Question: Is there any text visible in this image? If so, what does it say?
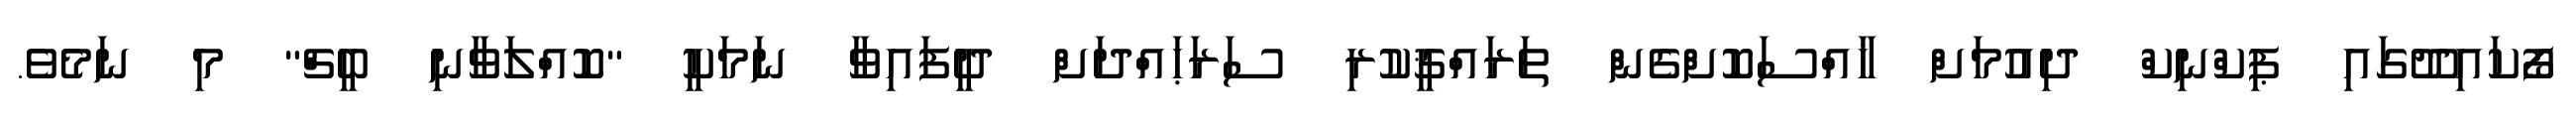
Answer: ފޯކައިދޫގައި ޕިކްނިކް ދިއުމަށް ޚާއްސަކޮށްގެން ތަރައްޤީކުރި ސަރަޙައްދަށް ދީފައިވާ ނަމަކީ "ކޮއްލަވާނި ބީޗް" މި ނަމެވެ.